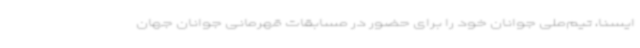
ایسنا، تیم‌ملی جوانان خود را برای حضور در مسابقات قهرمانی جوانان جهان